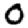
Digit: 0